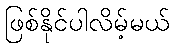
ဖြစ်နိုင်ပါလိမ့်မယ်